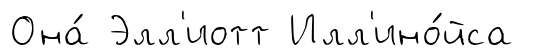
Она́ Элл'иотт Илл'ино́йса